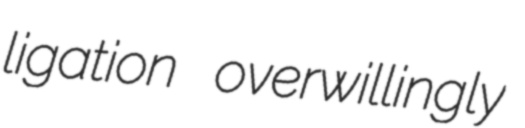
ligation overwillingly